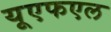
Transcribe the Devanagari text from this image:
यूएफएल